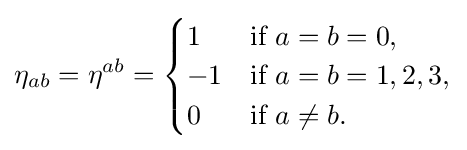
\eta _{ab}=\eta ^{ab}={\begin{cases}1&{\mbox{if }}a=b=0,\\-1&{\mbox{if }}a=b=1,2,3,\\0&{\mbox{if }}a\neq b.\end{cases}}